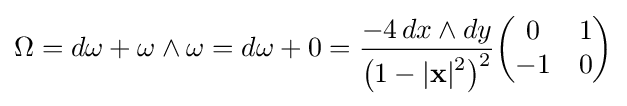
\Omega =d\omega +\omega \wedge \omega =d\omega +0={\frac {-4\,dx\wedge dy}{{\bigl (}1-|\mathbf {x} |{\vphantom {l}}^{2}{\bigr )}^{2}}}{\begin{pmatrix}0&1\\-1&0\end{pmatrix}}